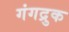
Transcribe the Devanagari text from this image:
गंगद्रुक